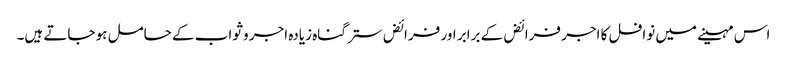
اس مہینے میں نوافل کا اجر فرائض کے برابر اور فرائض ستر گناہ زیادہ اجر و ثواب کے حامل ہو جاتے ہیں۔